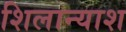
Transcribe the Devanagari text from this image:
शिलान्याश